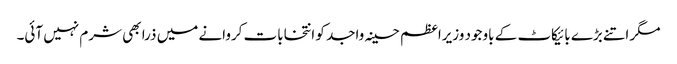
مگر اتنے بڑے بائیکاٹ کے باوجود وزیراعظم حسینہ واجد کو انتخابات کروانے میں ذرا بھی شرم نہیں آئی۔